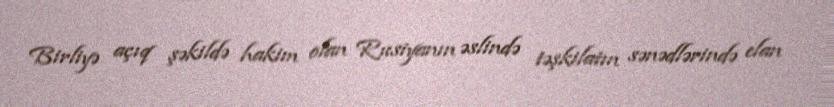
Birliyə açıq şəkildə hakim olan Rusiyanın əslində təşkilatın sənədlərində elan